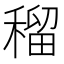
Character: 𥠷